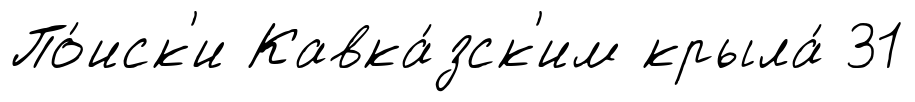
По́иск'и Кавка́зск'им крыла́ 31